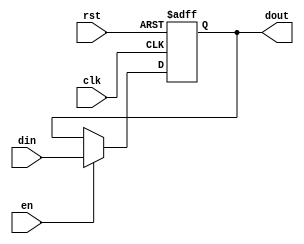
module InputRegister #(
    parameter WIDTH = 8  // Parameter for data width; default set to 8 bits
)(
    input wire clk,       // Clock signal
    input wire rst,       // Reset signal
    input wire en,        // Enable signal
    input wire [WIDTH-1:0] din, // Input data signal
    output reg [WIDTH-1:0] dout  // Output data signal
);

// Sequential logic for the Input Register
always @(posedge clk or posedge rst) begin
    if (rst) begin
        dout <= {WIDTH{1'b0}}; // Initialize register to zero on reset
    end else if (en) begin
        dout <= din; // Capture input data on enable
    end
    // If 'en' is not asserted, dout retains its previous value
end

endmodule